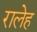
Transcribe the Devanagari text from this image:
रालेह